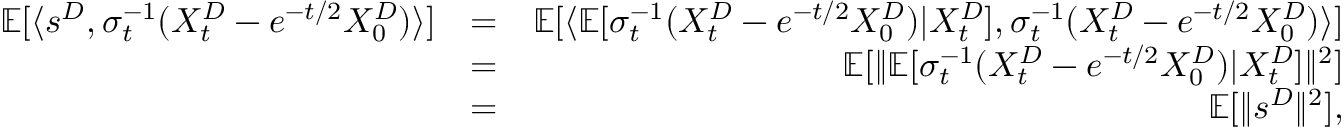
\begin{array} { r l r } { \mathbb { E } [ \langle s ^ { D } , \sigma _ { t } ^ { - 1 } ( X _ { t } ^ { D } - e ^ { - t / 2 } X _ { 0 } ^ { D } ) \rangle ] } & { = } & { \mathbb { E } [ \langle \mathbb { E } [ \sigma _ { t } ^ { - 1 } ( X _ { t } ^ { D } - e ^ { - t / 2 } X _ { 0 } ^ { D } ) | X _ { t } ^ { D } ] , \sigma _ { t } ^ { - 1 } ( X _ { t } ^ { D } - e ^ { - t / 2 } X _ { 0 } ^ { D } ) \rangle ] } \\ & { = } & { \mathbb { E } [ \| \mathbb { E } [ \sigma _ { t } ^ { - 1 } ( X _ { t } ^ { D } - e ^ { - t / 2 } X _ { 0 } ^ { D } ) | X _ { t } ^ { D } ] \| ^ { 2 } ] } \\ & { = } & { \mathbb { E } [ \| s ^ { D } \| ^ { 2 } ] , } \end{array}